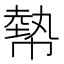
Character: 𢄢